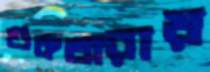
শুকতারায়